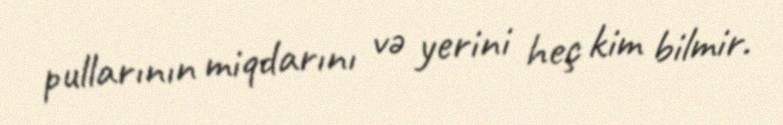
pullarının miqdarını və yerini heç kim bilmir.